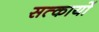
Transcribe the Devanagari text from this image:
सत्कार्यो